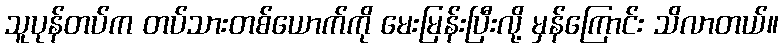
သူပုန်တပ်က တပ်သားတစ်ယောက်ကို မေးမြန်းပြီးလို့ မှန်ကြောင်း သိလာတယ်။